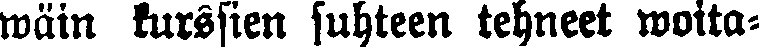
wäin kurssien suhteen tehneet woita-